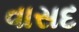
વાસદ